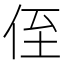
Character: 侄